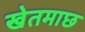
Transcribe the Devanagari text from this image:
खेतमाछ